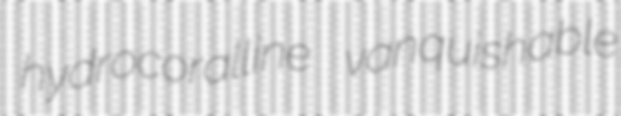
hydrocoralline vanquishable